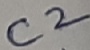
Text: C2